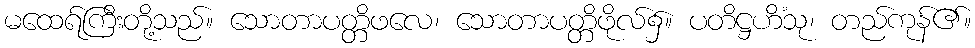
မထေရ်ကြီးတို့သည်။ သောတာပတ္တိဖလေ၊ သောတာပတ္တိဖိုလ်၌။ ပတိဋ္ဌဟိံသု၊ တည်ကုန်၏။